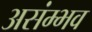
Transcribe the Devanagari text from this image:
असंम्भव